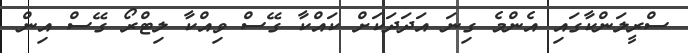
ސްރީލަންކާގައި އެންމެ ގިނަ އަދަދަކަށް ކައްކާ ގޭސް ވިއްކާ ލިޓްރޯ ގޭސް އިން